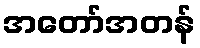
အတော်အတန်